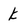
Character: k